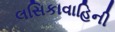
લસિકાવાહિની